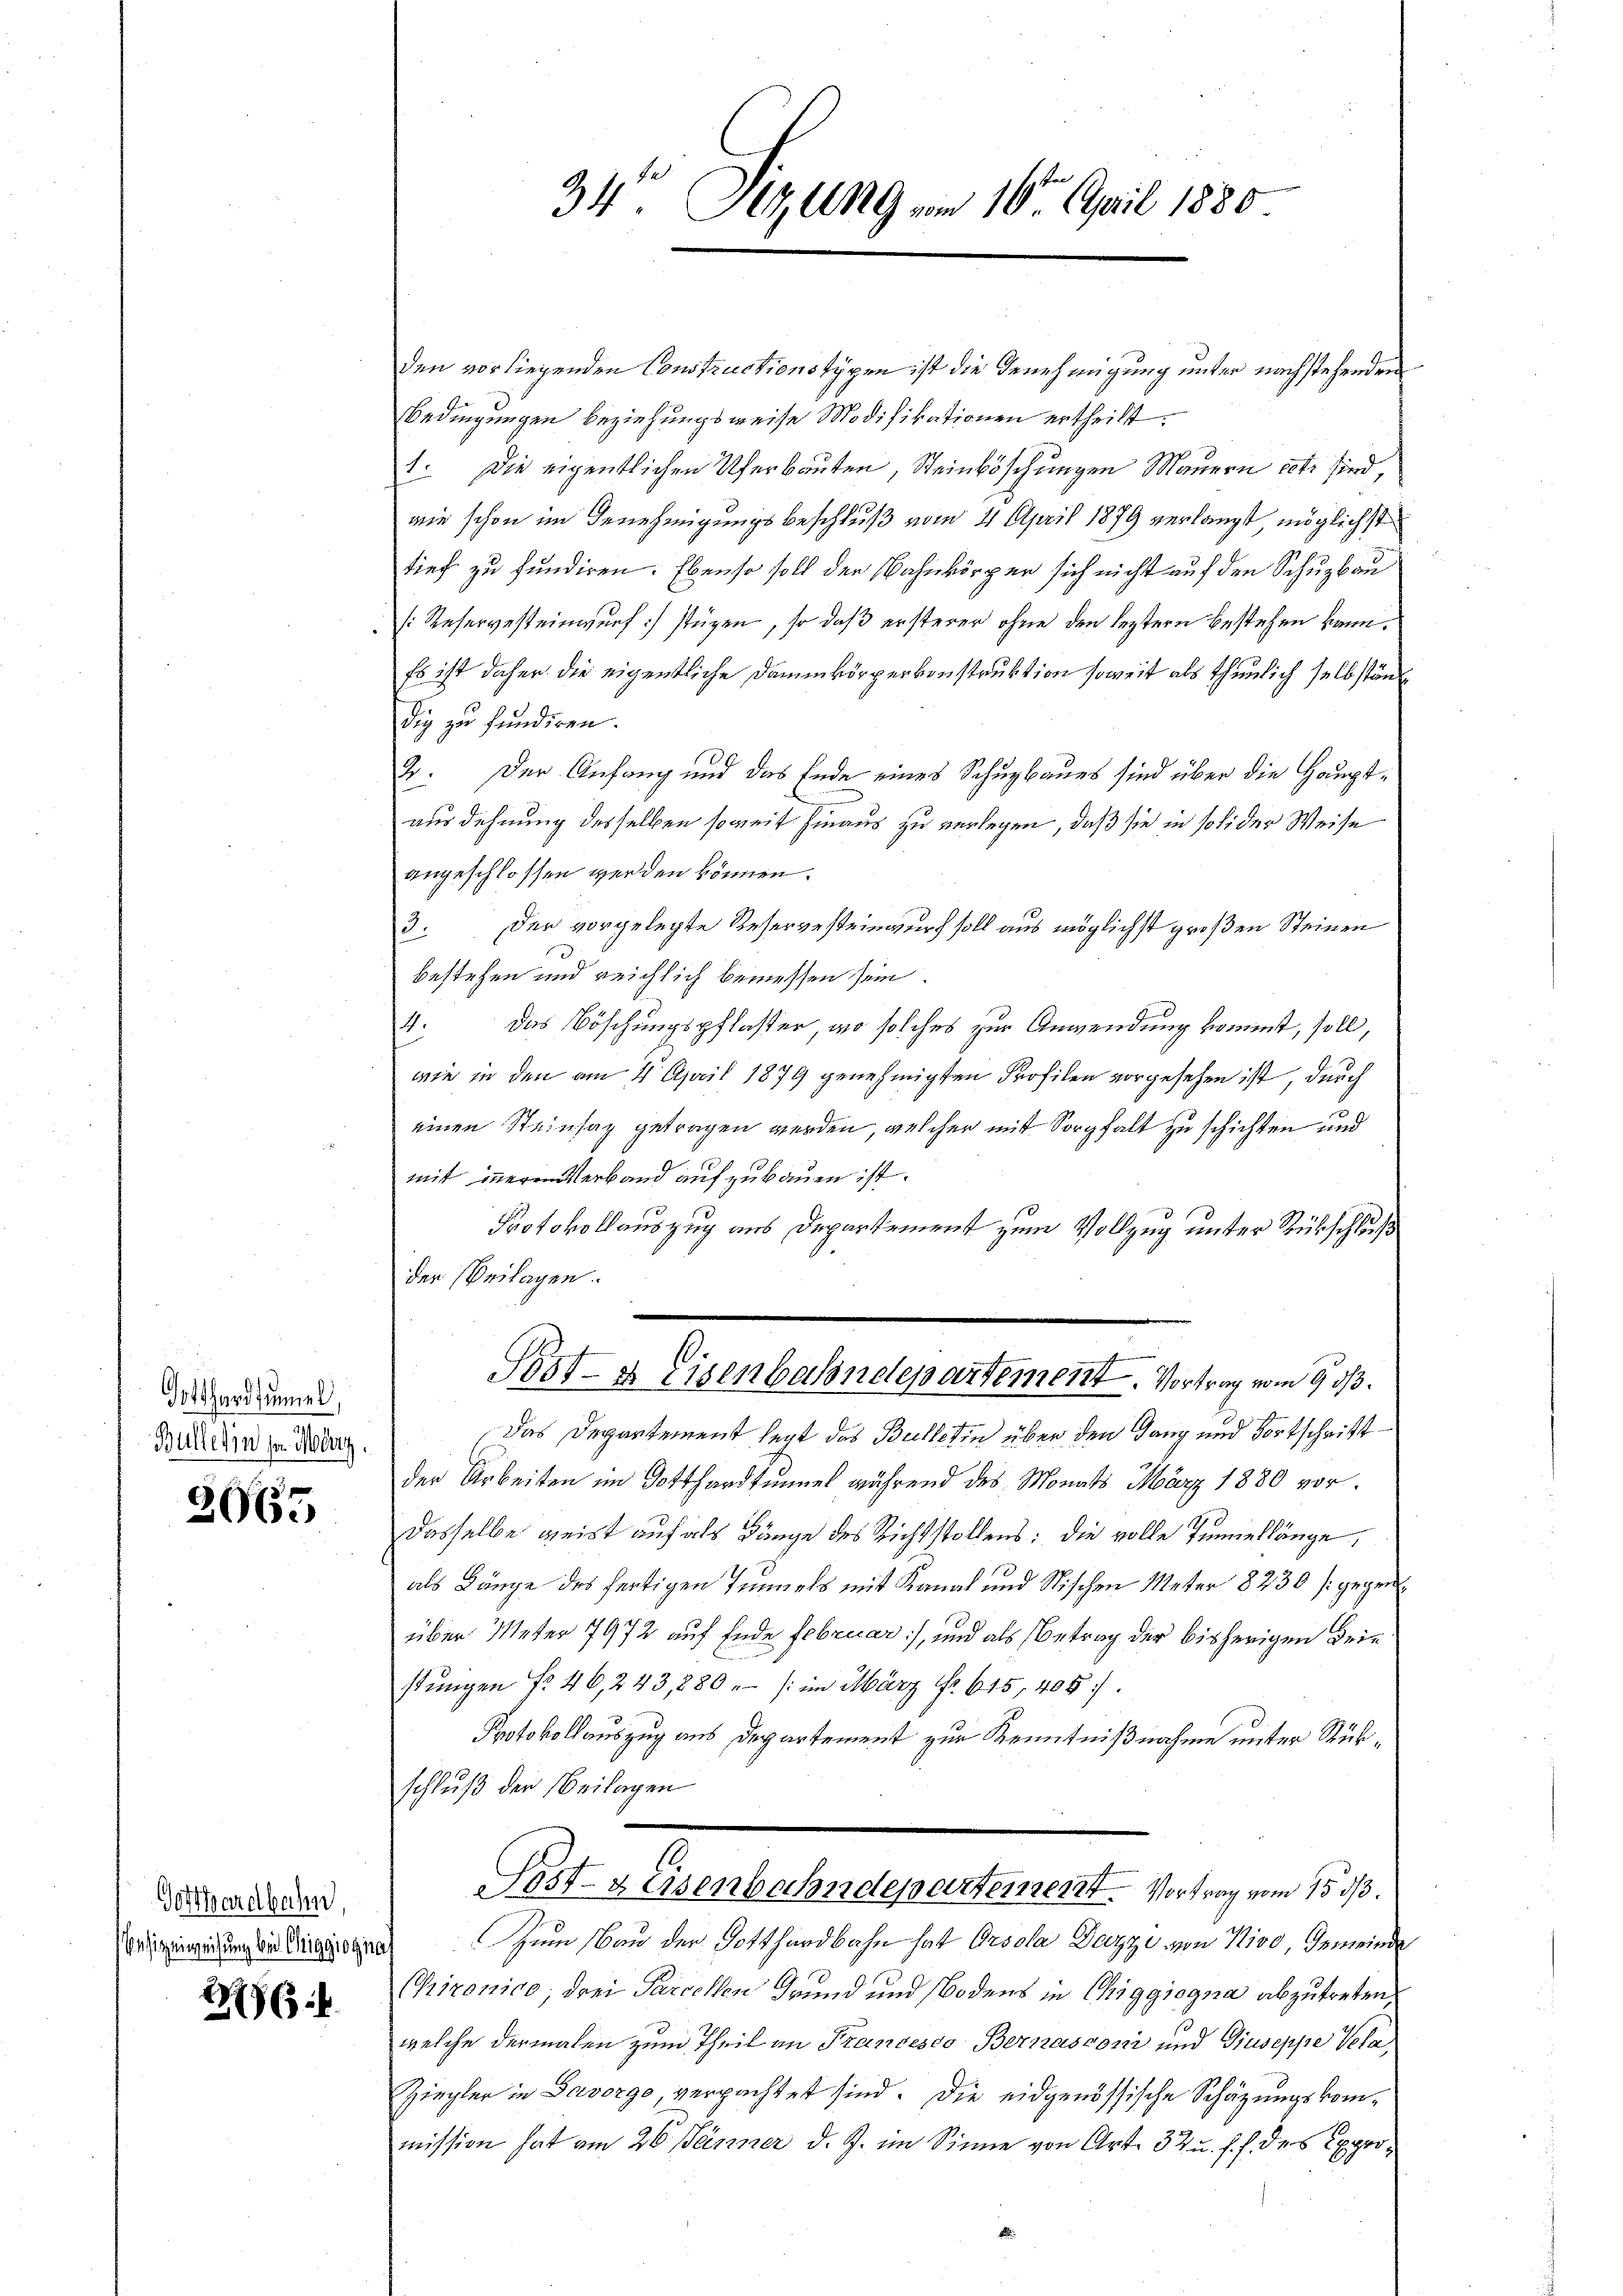
Gotthardtumel,
Büllerin sn. Mag.

3065

Gotthardbahn,

176 f.

34 Sizung vom 10. April 1880

den vorliegenden Constructionstypen ist die Genehmigung unter nachstehenden
Bedingungen beziehungsweise Modifikationen ertheilt.
1. Die eigentlichen Uferbauten, Steinböschungen Mauern est sind
wie schon im Genehmigungsbeschluß vom 4 April 1879 verlangt, möglichst
tief zu fundiren. Ebenso soll der Wahnkörper sich nicht auf den Schuzbau
[Reservesteinwurf stüzen, so daß ersterer ohne den leztern bestehen kann.
Es ist daher die eigentliche Dammkörperkonstruktion soweit als thunlich selbständ
dig zu fundiren.
2. Der Anfang und das Ende eines Schuzbaues sind über die Hauptausdehnung desselben soweit hinaus zu verlegen, daß sie in solider Weise
angeschlossen werden können.
3. Der vorgelegte Resergesteinwurf soll aus möglichst großen Steinen
bestehen und reichlich bemessen sein.
4. Das Böschungspflaster, wo solches zur Anwendung kommt, soll,
wie in den am 4. April 1879 genehmigten Profilen vorgesehen ist, durch
einen Steinsaz getragen werden, welcher mit Sorgfalt zu schichten und
mit inneren Verband aufzubauen ist.
Protokollauszug aus Departement zum Vollzug unter Rückschluß
der Beilagen.

Post- & Eisenbahndepartement. Vortrag vom 9. ds.
Das Departement legt das Bulletin über den Gang und Fortschritt
der Arbeiten im Gotthardtunnel während des Monats März 1880 vordasselbe geist auf als Länge des Richtstollens: die volle Tunnellänge,
als Länge des fertigen Tunnels mit Kanal und Nischen Meter 8230 [gegenüber Meter 7972 auf Ende Februar:/, und als Betrag der bisherigen Brie
stŭngen Nr. 46, 243,880. /: im März fr 615, 405.
Protokollauszug aus Departement zur Kenntnißnahme unter Rükschluß der Beilagen
Post- & Eisenbahndepartement. Vortrag vom 15. ds.
duzeneigung ein Vergeistes zum Bau der Gotthardbahn hat Orsola Dazzi von 100, Gemeinde
Chironico, drei Parcellen Grund und Bodens in Chiggiogna abzutreten,
welche dermalen zum Theil an Francesco Bernasconi und Giuseppe Vera,
Ziegler in Davorge, verpachtet sind. Die eidgenössische Schäzungskommission hat am 26. Jänner d. J. im Sinne von Art. 32 u. s. f. des Expro¬